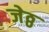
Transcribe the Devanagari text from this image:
जेठ्ठ